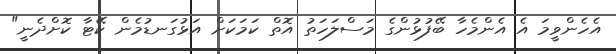
އެހެންވީމަ އެ އެންމެހާ ބޭފުޅުންގެ މަސްލަހަތު އޮތް ކަމަކަށް އަޅުގަނޑުމެން ކޭޓާ ކޮށްދެނީ"